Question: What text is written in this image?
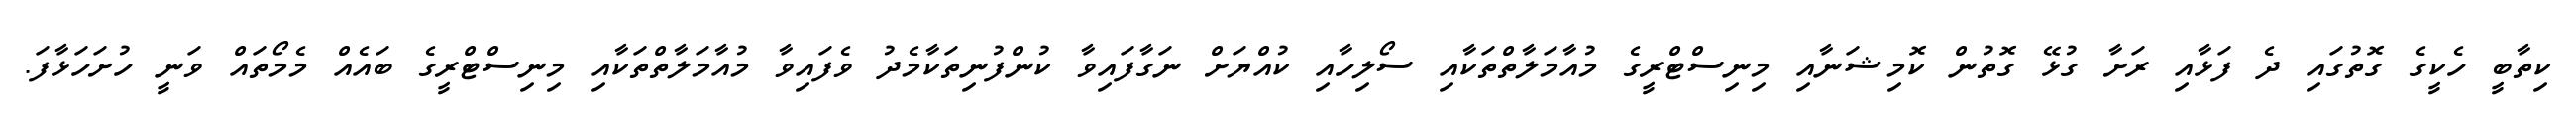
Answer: ކިތާބީ ހެކީގެ ގޮތުގައި ދެ ފަޅާއި ރަށާ ގުޅޭ ގޮތުން ކޮމިޝަނާއި މިނިސްޓްރީގެ މުއާމަލާތްތަކާއި ސޯލިހާއި ކުއްޔަށް ނަގާފައިވާ ކުންފުނިތަކާމެދު ވެފައިވާ މުއާމަލާތްތަކާއި މިނިސްޓްރީގެ ބައެއް މެމޯތައް ވަނީ ހުށަހަޅާފަ.